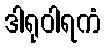
ဒါရုဝါရကံ